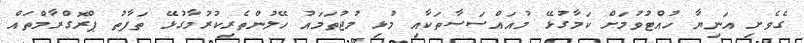
ގެވެށި އަނިޔާ ހުއްޓުވުމަށް ކަމާގުޅޭ މުއައްސަސާތަކާއި މުޅި މުޖުތަމައު ހޭލުންތެރިކުރުމާގުޅޭ ތަފާތު ޕްރޮގްރާމްތައް